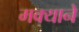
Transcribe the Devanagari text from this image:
मक्याने